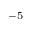
^ { - 5 }